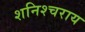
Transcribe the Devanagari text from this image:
शनिश्चराय